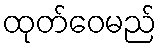
ထုတ်ဝေမည်